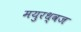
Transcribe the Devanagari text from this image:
मयुरध्वज